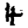
Digit: 4